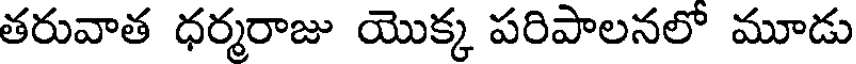
తరువాత ధర్మరాజు యొక్క పరిపాలనలో మూడు